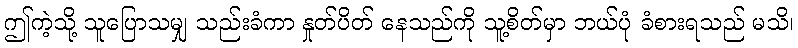
ဤကဲ့သို့ သူပြောသမျှ သည်းခံကာ နှုတ်ပိတ် နေသည်ကို သူ့စိတ်မှာ ဘယ်ပုံ ခံစားရသည် မသိ၊